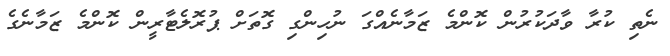
ނެތި ކުރާ ވާދަކުރުން ކޮންމެ ޒަމާނެއްގަ ނުހިންގި ގޮތަށް ޕުރޮލެޓާރީން ކޮންމެ ޒަމާނެގެ